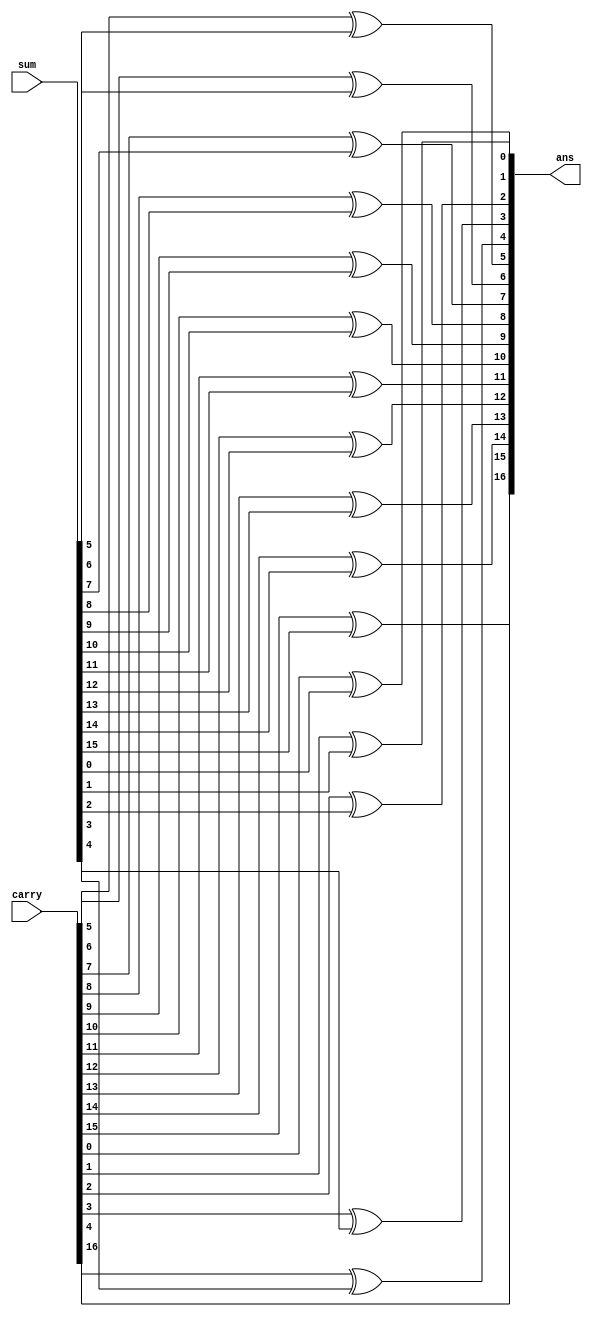
module ans(ans,sum,carry);
input [16:0]carry;
input [15:0]sum;
output [16:0]ans;
assign ans[0] = carry[0]^sum[0];
assign ans[1] = carry[1]^sum[1];
assign ans[2] = carry[2]^sum[2];
assign ans[3] = carry[3]^sum[3];
assign ans[4] = carry[4]^sum[4];
assign ans[5] = carry[5]^sum[5];
assign ans[6] = carry[6]^sum[6];
assign ans[7] = carry[7]^sum[7];
assign ans[8] = carry[8]^sum[8];
assign ans[9] = carry[9]^sum[9];
assign ans[10] = carry[10]^sum[10];
assign ans[11] = carry[11]^sum[11];
assign ans[12] = carry[12]^sum[12];
assign ans[13] = carry[13]^sum[13];
assign ans[14] = carry[14]^sum[14];
assign ans[15] = carry[15]^sum[15];
assign ans[16] = carry[16];
endmodule